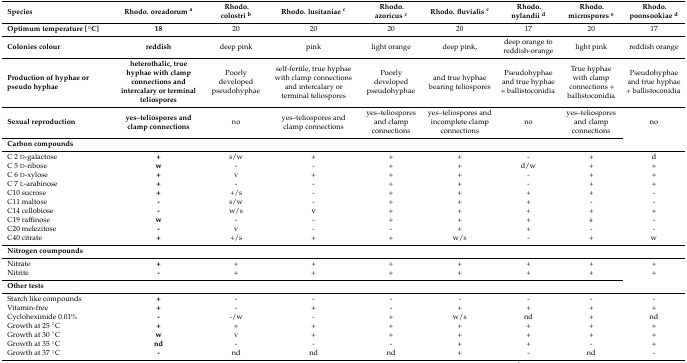
| Species | Rhodo. oreadorum a | Rhodo. colostri b | Rhodo. lusitaniae c | Rhodo. azoricus c | Rhodo. fluvialis c | Rhodo. nylandii d | Rhodo. microspores e | Rhodo. poonsookiae d |
 | --- | --- | --- | --- | --- | --- | --- | --- | --- |
 | Optimum temperature [°C] | 18 | 20 | 20 | 20 | 20 | 17 | 20 | 17 |
 | Colonies colour | reddish | deep pink | pink | light orange | deep pink, | deep orange to reddish-orange | light pink | reddish orange |
 | Production of hyphae or pseudo hyphae | heterothalic, true hyphae with clamp connections and intercalary or terminal teliospores | Poorly developed pseudohyphae | self-fertile, true hyphae with clamp connections and intercalary or terminal teliospores | Poorly developed pseudohyphae | and true hyphae bearing teliospores | Pseudohyphae and true hyphae + ballistoconidia | True hyphae with clamp connections + ballistoconidia | Pseudohyphae and true hyphae + ballistoconidia |
 | Sexual reproduction | yes–teliospores and clamp connections | no | yes–teliospores and clamp connections | yes–teliospores and clamp connections | yes–teliospores and incomplete clamp connections | no | yes–teliospores and clamp connections | no |
 | <COLSPAN=9> Carbon compounds |
 | C 2 d-galactose | + | s/w | + | + | + | - | + | d |
 | C 5 d-ribose | w | - | - | + | + | d/w | + | + |
 | C 6 d-xylose | + | v | + | + | + | - | + | + |
 | C 7 l-arabinose | + | - | - | + | + | - | + | + |
 | C10 sucrose | + | +/s | - | + | + | + | + | - |
 | C11 maltose | - | s/w | - | + | + | + | - | - |
 | C14 cellobiose | - | w/s | v | + | + | + | + | + |
 | C19 raffinose | w | - | - | + | + | + | s | - |
 | C20 melezitose | - | v | - | - | + | + | - | - |
 | C40 citrate | + | +/s | + | + | w/s | - | + | w |
 | <COLSPAN=9> Nitrogen coumpounds |
 | Nitrate | + | + | + | + | + | + | + | + |
 | Nitrite | - | + | + | + | + | + | + | + |
 | <COLSPAN=9> Other tests |
 | Starch like compounds | + | - | - | - | - | - | - | - |
 | Vitamin-free | + | - | + | - | + | + | + | + |
 | Cycloheximide 0.01% | - | -/w | - | + | w/s | nd | + | nd |
 | Growth at 25 °C | + | + | + | + | + | + | + | + |
 | Growth at 30 °C | w | v | + | + | + | + | + | + |
 | Growth at 35 °C | nd | - | - | - | + | + | - | + |
 | Growth at 37 °C | - | nd | nd | nd | + | - | nd | - |